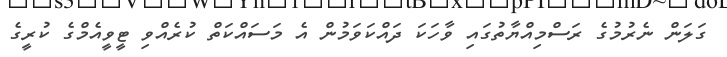
ގަލަން ނެރުމުގެ ރަސްމިއްޔާތުގައި ވާހަކަ ދައްކަވަމުން އެ މަސައްކަތް ކުރެއްވި ޓީވީއެމްގެ ކުރީގެ